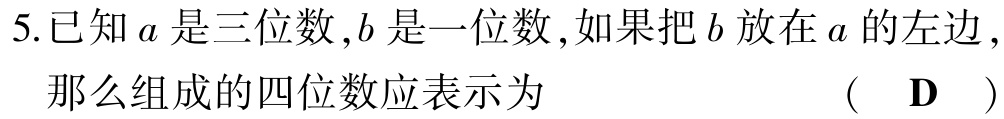
5.已知\(a\)是三位数，\(b\)是一位数，如果把\(b\)放在\(a\)的左边，那么组成的四位数应表示为 （ \(\mathbf{D}\) ）